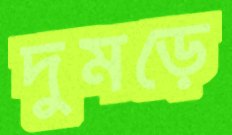
দুমড়ে